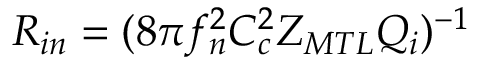
R _ { i n } = ( 8 \pi f _ { n } ^ { 2 } C _ { c } ^ { 2 } Z _ { M T L } Q _ { i } ) ^ { - 1 }